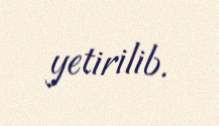
yetirilib.